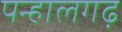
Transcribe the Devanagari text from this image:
पन्हालगढ़